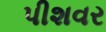
પીશવર